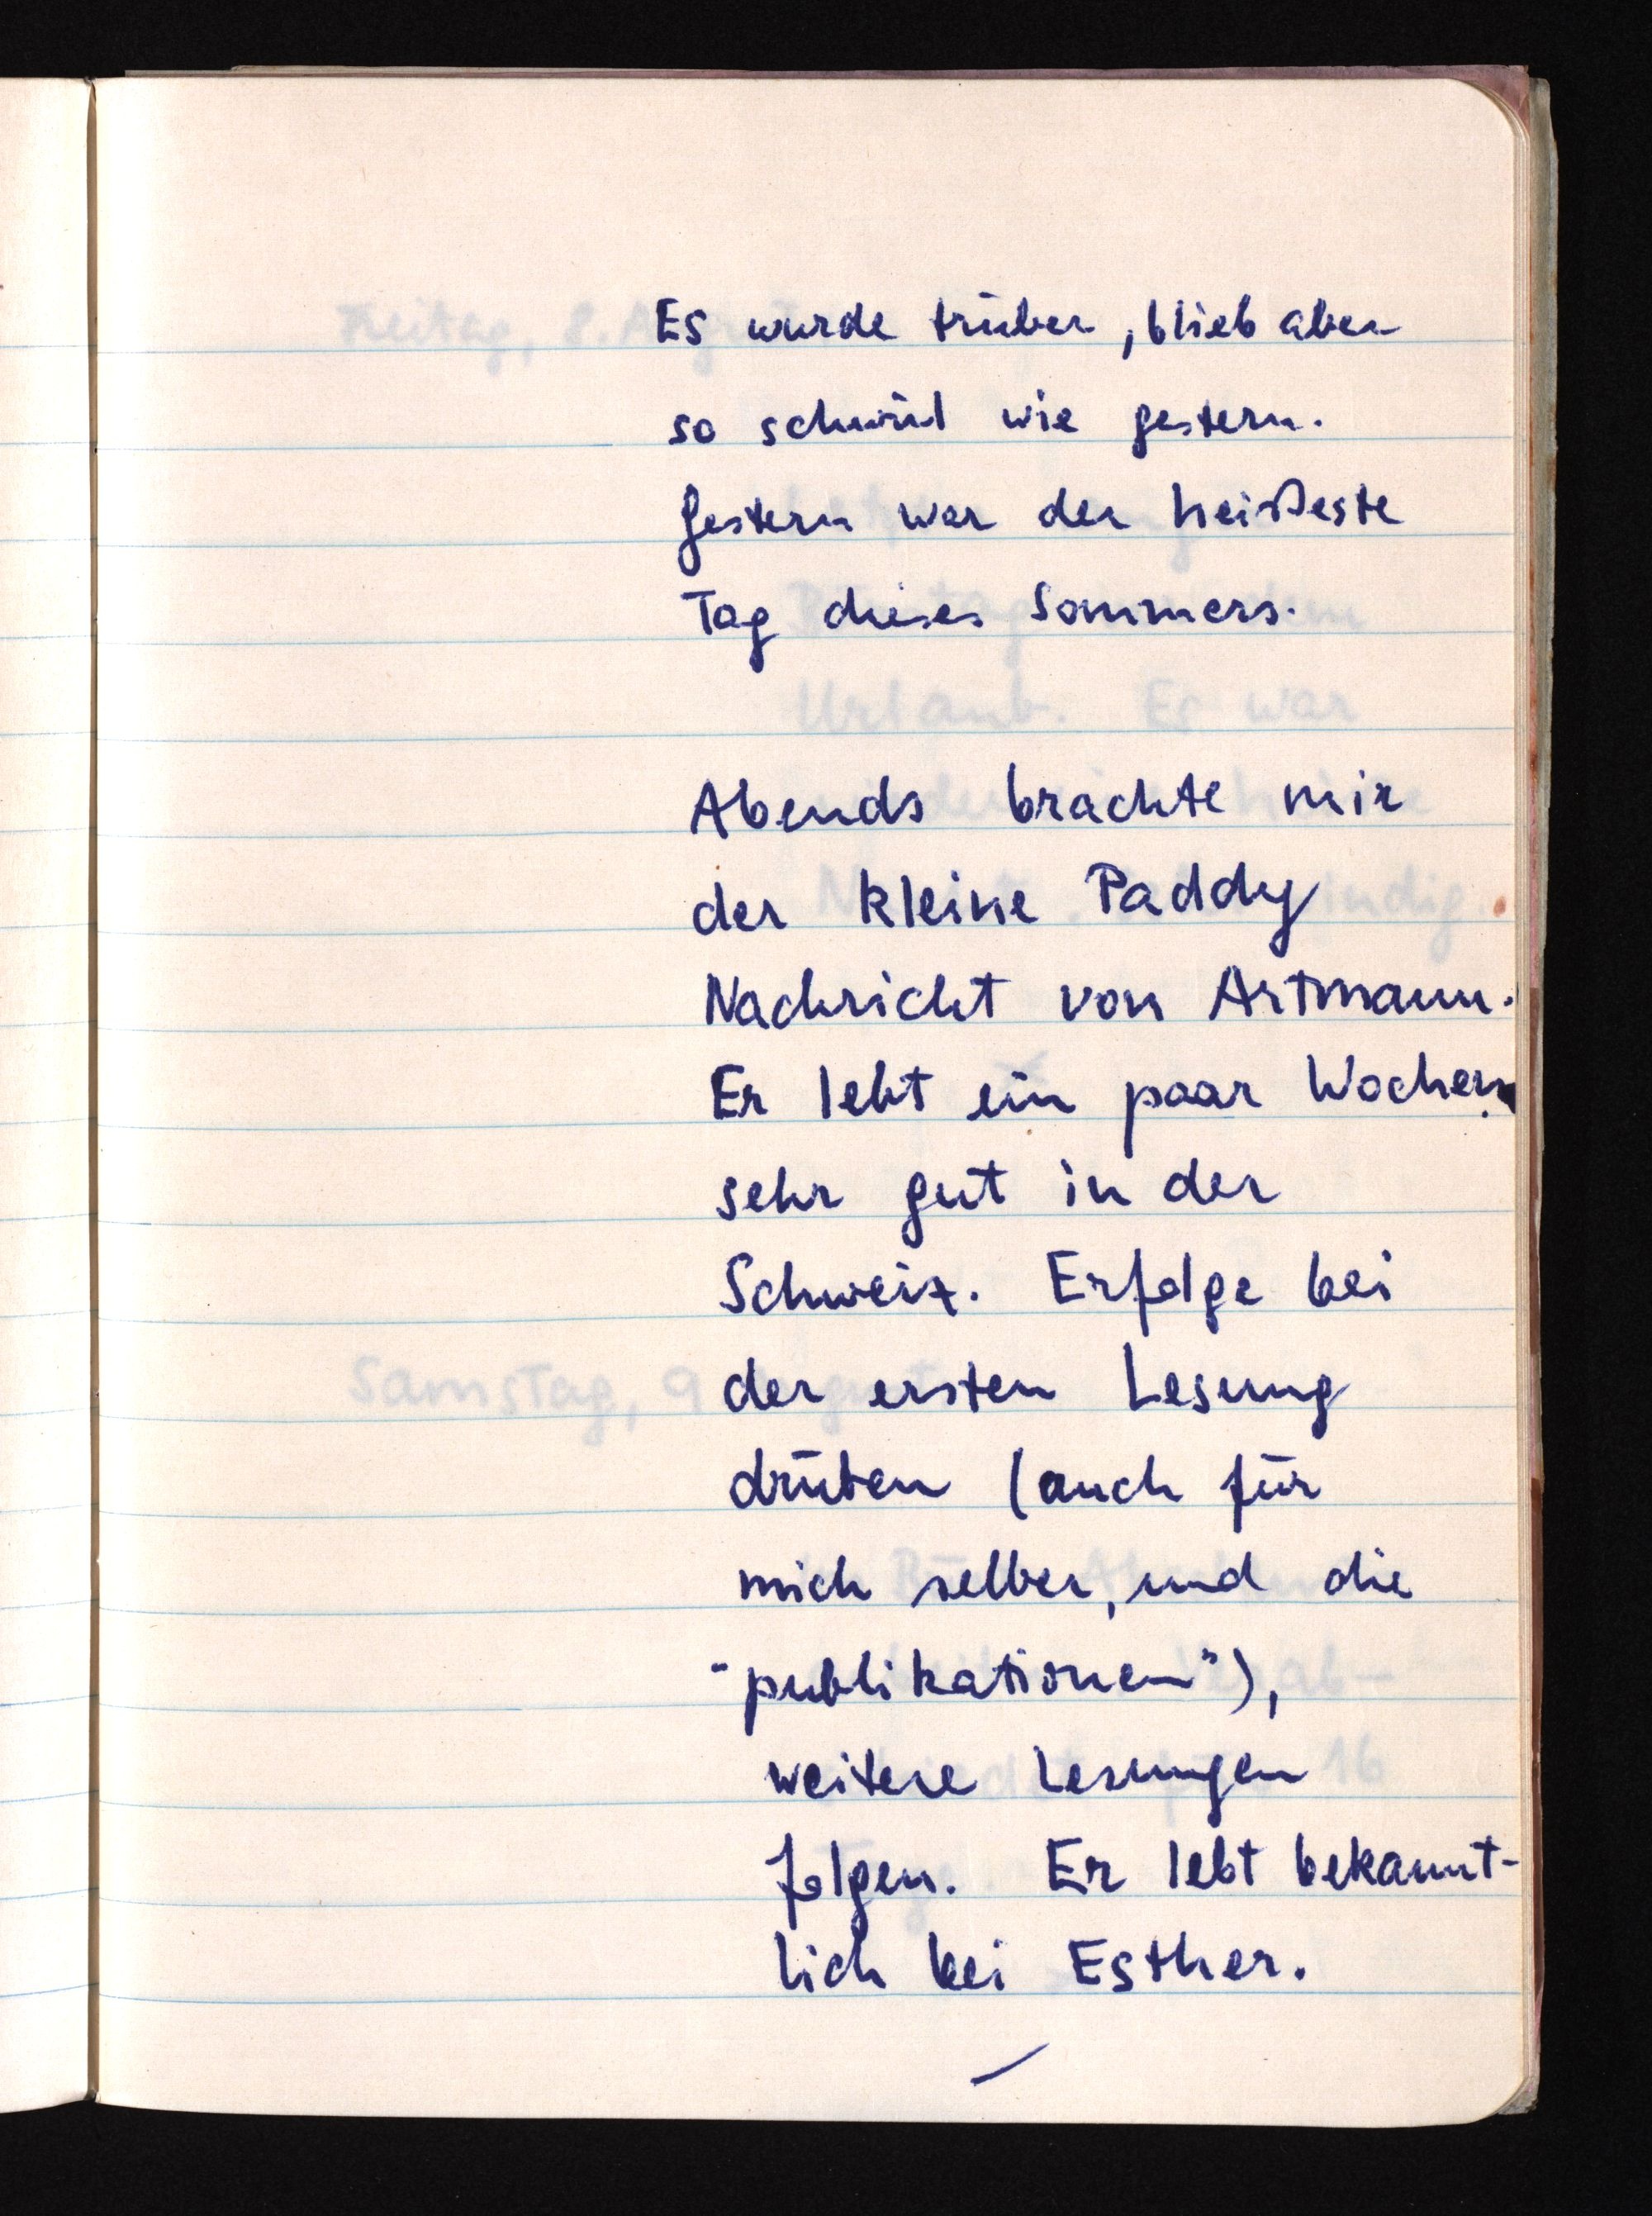
Es wurde trüber, blieb aber
so schwül wie gestern.
Gestern war der heißeste
Tag dieses Sommers.
Abends brachte mir
der kleine Paddy
Nachricht von Artmann.
Er lebt ein paar Wochen
sehr gut in der
Schweiz. Erfolge bei
der ersten Lesung
drüben (auch für
mich selber, und die
"publikationen"),
weitere Lesungen
folgen. Er lebt bekannt¬
lich bei Esther.